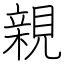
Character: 親